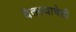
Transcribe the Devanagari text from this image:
घेतल्याचेही